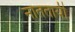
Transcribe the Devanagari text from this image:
नाततायी